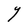
Character: Y